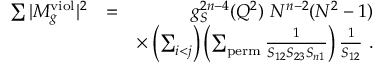
\begin{array} { r l r } { \sum \vert M _ { g } ^ { \mathrm { v i o l } } \vert ^ { 2 } } & { = } & { g _ { S } ^ { 2 n - 4 } ( Q ^ { 2 } ) ~ N ^ { n - 2 } ( N ^ { 2 } - 1 ) } \\ & { } & { \times \left( \sum _ { i < j } \right) \left( \sum _ { \mathrm { p e r m } } \frac { 1 } { S _ { 1 2 } S _ { 2 3 } S _ { n 1 } } \right) \frac { 1 } { S _ { 1 2 } } ~ . } \end{array}